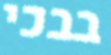
בבכי